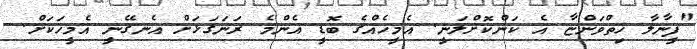
"ފީނާލާ ހިތްވަންޏާ އެ ކަންކޮށްލަނީ. އެމީހެއްގެ ބޮޑީ އެންމެ ރަނަގަޅަށް އެނގޭނީ އެމީހަކަށް.